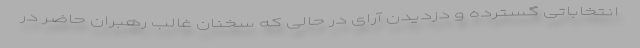
انتخاباتی گسترده و دزدیدن آرای در حالی که سخنان غالب رهبران حاضر در